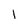
Character: I